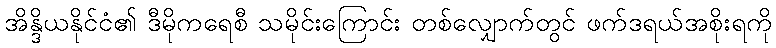
အိန္ဒိယနိုင်ငံ၏ ဒီမိုကရေစီ သမိုင်းကြောင်း တစ်လျှောက်တွင် ဖက်ဒရယ်အစိုးရကို